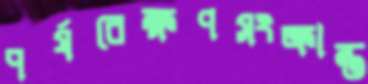
পর্যবেক্ষণসংক্রান্ত